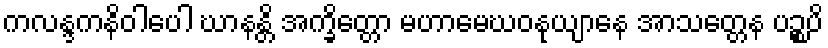
ကလန္ဒကနိဝါပေါ ဃာနန္တိ အက္ခိတ္တော မဟာမေဃဝနုယျာနေ အာသတ္တေန ပဉ္စပိ